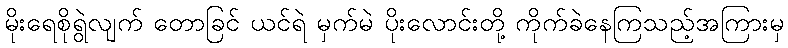
မိုးရေစိုရွဲလျက် တောခြင် ယင်ရဲ မှက်မဲ ပိုးလောင်းတို့ ကိုက်ခဲနေကြသည့်အကြားမှ